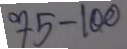
75 - 100